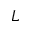
L